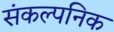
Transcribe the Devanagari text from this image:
संकल्पनिक